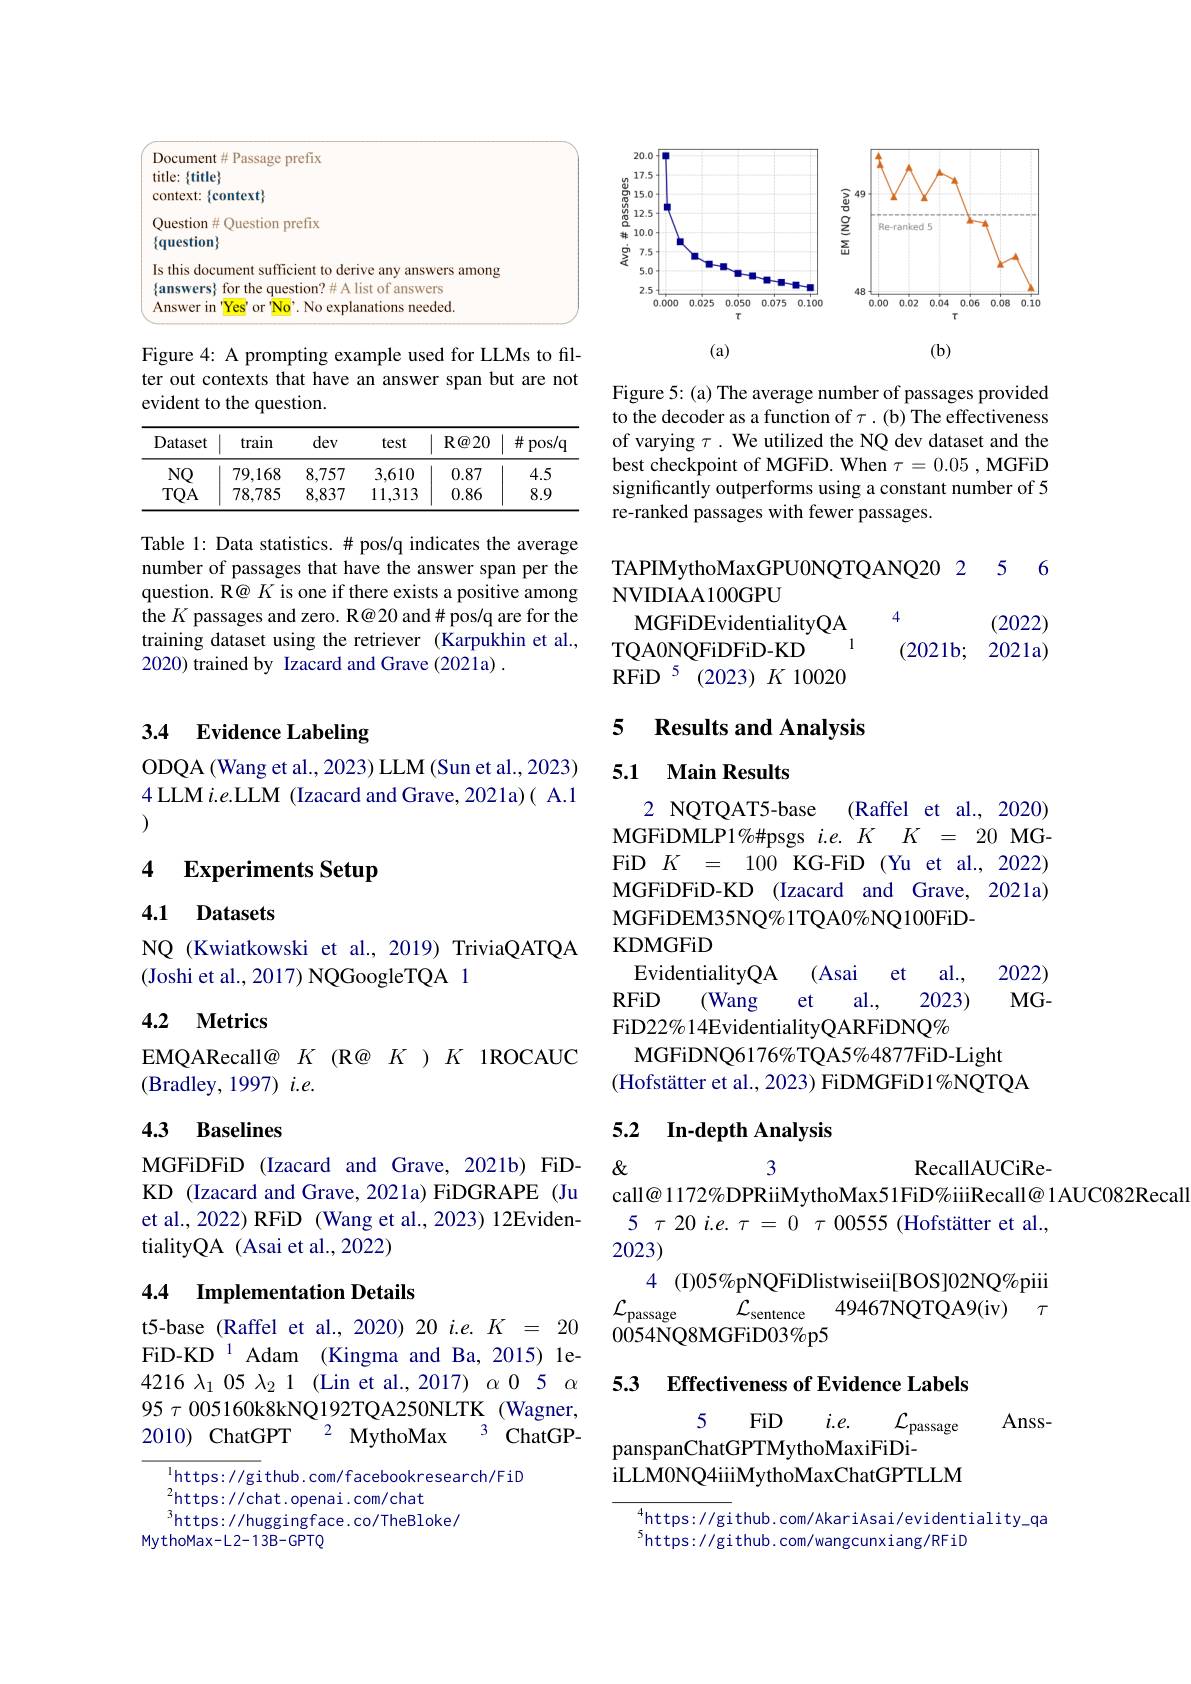
<FigureHere>

Figure 4: A prompting example used for LLMs to filter out contexts that have an answer span but are not evident to the question.

<table>
	<tbody>
		<tr>
			<th>Dataset</th>
			<th>train</th>
			<th>dev</th>
			<th>test</th>
			<th>$R@20$</th>
			<th>井 $pos/q$ 4</th>
		</tr>
		<tr>
			<td>$NQ$</td>
			<td>79.168</td>
			<td>8,757</td>
			<td>3,610</td>
			<td>0.87</td>
			<td>4.5</td>
		</tr>
		<tr>
			<td>$TQA$</td>
			<td>78,785</td>
			<td>8,837</td>
			<td>11,313</td>
			<td>0.86</td>
			<td>8.9</td>
		</tr>
	</tbody>
</table>

Table 1: Data statistics. # pos/q indicates the average number of passages that have the answer span per the question. R@ $K$ is one if there exists a positive among the $K$ passages and zero. R@20 and# pos/q are for the training dataset using the retriever (Karpukhin et al., 2020) trained by Izacard and Grave (2021a) .

## 3.4 Evidence Labeling

ODQA (Wang et al., 2023) LLM (Sun et al., 2023) 4 LLM $i.e.$LLM (Izacard and Grave, 2021a)( A.1 (1)

### 4 $\textbf{Experiments Setup}$

4.1 Datasets

NQ (Kwiatkowski et al., 2019) TriviaQATQA
(Joshi et al., 2017) NQGoogleTQA 1

## 4.2 Metrics

EMQARecall@ $K$ (R@ $K$ )$K$ 1ROCAUC
(Bradley, 1997) $i.e.$

### 4.3 Baselines

MGFiDFiD (Izacard and Grave, 2021b) FiDKD (Izacard and Grave, 2021a)FiDGRAPE (Ju et al., 2022) RFiD (Wang et al., 2023) 12EvidentialityQA (Asai et al., 2022)

## 4.4 Implementation Details

t5-base (Raffel et al., 2020) 20 i.e. K = 20 FiD-KD $^{1}$ Adam (Kingma and Ba, 2015) le- $4216\lambda_{1}$ 05 $\lambda_{2}$ 1 (Lin et al., 2017)$\alpha$ 0 5 $\alpha$ 95 $\tau$ 005160k8kNQ192TQA250NLTK(Wagner, 2010) ChatGPT
${}^{2}{\mathrm{~MythoMax}}$
3 ChatGP-

https: //github. com/facebookresearch/FiD
$^{2}$https://chat.openai.com/chat
$^{3}$https: / / hugging f ace. co/ TheBloke/
MythoMax-L2-13B-GPTQ

<FigureHere>

Figure 5: (a) The average number of passages provided to the decoder as a function of $\tau.($b) The effectiveness of varying $\tau.$ We utilized the NQ dev dataset and the best checkpoint of MGFiD. When $\tau=0.05$, MGFiD significantly outperforms using a constant number of 5 re-ranked passages with fewer passages.

TAPIMythoMaxGPU0NQTQANQ20 2 5 6
NVIDIAA100GPU
4
(2022)
MGFiDEvidentialityQA
1
TQAONQFiDFiD- KD
$( 2021b;$ $2021a)$
RFiD 5 (2023) K 10020

5 Results and Analysis

5.1 Main Results

2 NQTQAT5-base
(Raffel et al., 2020)
MGFiDMLP1$\% \#$psgs$i. e. K$ $K$ = 20MG- ${\mathrm{FiD}}{K}{=}{100}{\mathrm{~KG-FiD~(Yu~et~al.,~2022)}}$ MGFiDFiD-KD (Izacard and Grave, 2021a) MGFiDEM35NQ%1TQA0%NQ100FiD-
KDMGFiD
EvidentialityQA (Asai
et al.,
2022)
(Wang
2023)
$MG-$
RFiD
et
al.,
FiD22%14EvidentialityQARFiDNQ%
MGFiDNQ6176%TQA5%4877FiD-Light
(Hofstätter et al., 2023) FiDMGFiD1%NQTQA

## 5.2 In-depth Analysis

$\&$
3
RecallAUCiRe-
call@ 1172%DPRiiMythoMax51FiD%iiiRecall@ 1AUC082Recall
$5\tau 20i. e. \tau = 0\tau 00555($Hofst$\ddot{a}$tter et al. ,
2023)

4 (I)05%pNQFiDlistwiseii[BOS]02NQ%piii
$\mathcal{L} _{\mathrm{sentence}}$ 49467NQTQA9(iv) $\tau$
$\mathcal{L}_{\mathrm{passage}}\mathcal{L}_{\mathrm{sentence}}$

5.3 Effectiveness of Evidence Labels

Anss-

5
FiD
$i.e.$
$\mathcal{L}_{\mathrm{passage}}$
panspanChatGPTMythoMaxiFiDi-
iLLM0NQ4iiiMythoMaxChatGPTLLM

https: //github. com/AkariAsai/evidentiality\_qa
$^{5}$https://github.com/wangcunxiang/RFiD